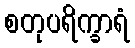
စတုပရိက္ခာရံ